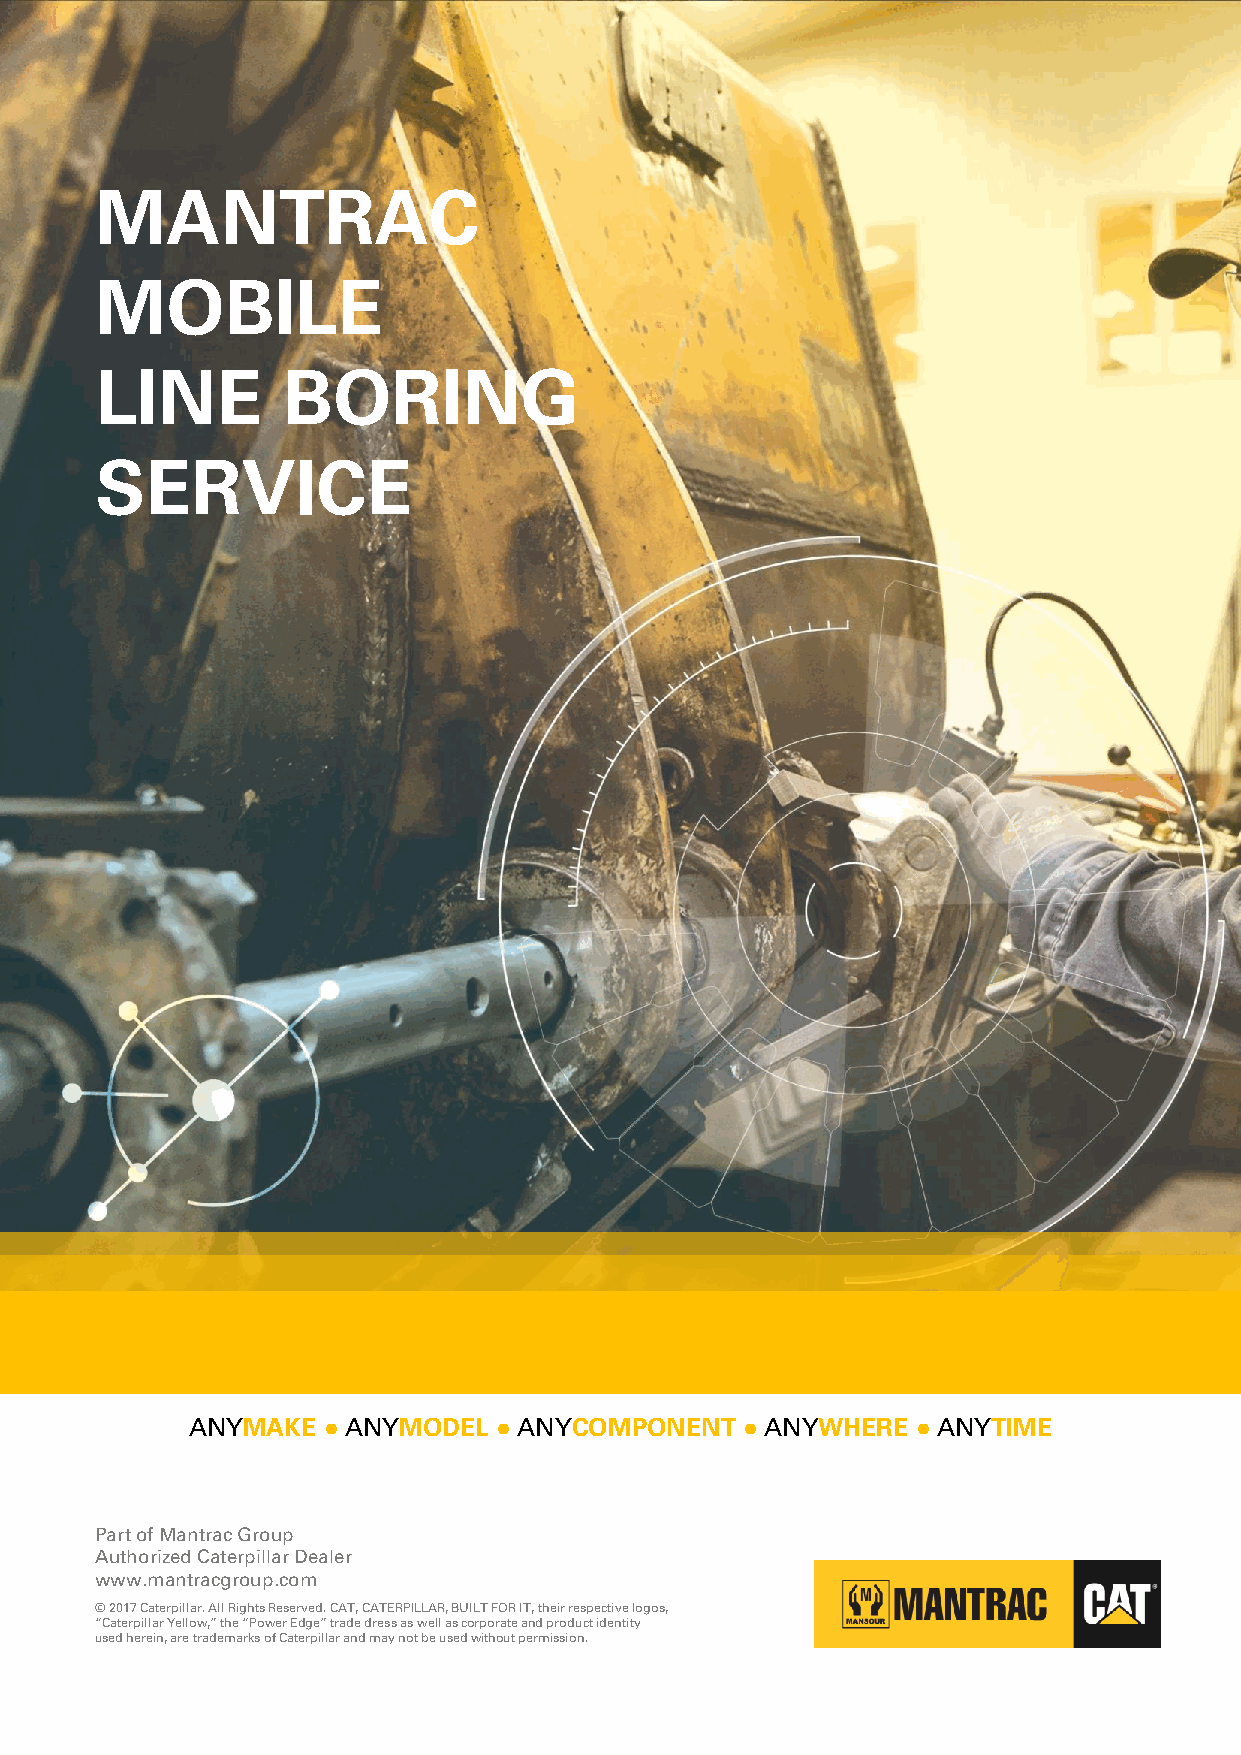
MANTRAC
 MOBILE
 LINE         BORING
 SERVICE
 ANYMAKE  ●ANYMODEL   ●ANYCOMPONENT   ●ANYWHERE   ●ANYTIME
 Part of MantracGroup
 Authorized Caterpillar Dealer
 www.mantracgroup.com
 © 2017 Caterpillar. All Rights Reserved. CAT, CATERPILLAR, BUILT FOR IT, their respective logos,
 “Caterpillar Yellow,” the “Power Edge” trade dress as well as corporate and product identity
 used herein, are trademarks of Caterpillar and may not be used without permission.